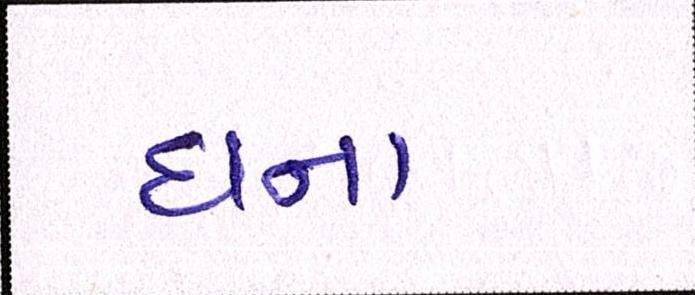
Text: ઘના